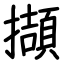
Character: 擷